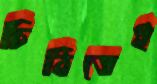
চিঠিতেই